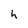
Character: h